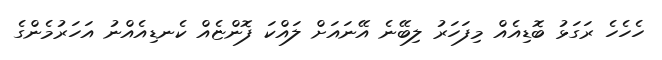
ހެހެހެ ރަގަޅު ބޮޑިއެއް މިފަހަރު ލިބޭނެ އޭނައަށް ލައްކަ ފޮންޏެއް ކެނޑިއެއްނު އަހަރުމެންގެ